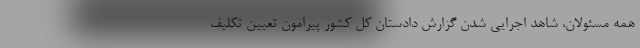
همه مسئولان، شاهد اجرایی شدن گزارش دادستان کل کشور پیرامون تعیین تکلیف